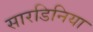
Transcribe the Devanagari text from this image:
सारडिनिया